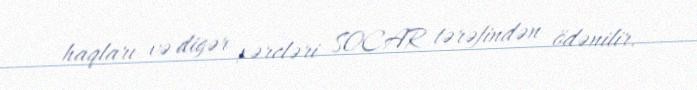
haqları və digər xərcləri SOCAR tərəfindən ödənilir.